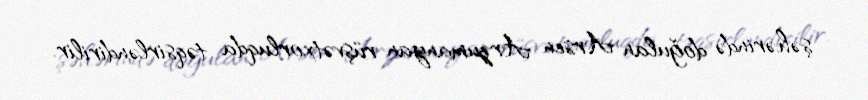
şəhərində doğulan Arsen Arzumanyan rüşvətxorluqda təqsirləndirilir.